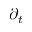
\partial _ { t }